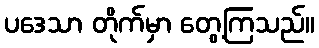
ပဒေသာ တိုက်မှာ တွေ့ကြသည်။